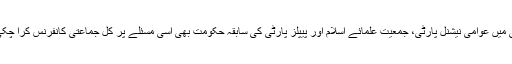
ماضی میں عوامی نیشنل پارٹی، جمعیت علمائے اسلام اور پیپلز پارٹی کی سابقہ حکومت بھی اسی مسئلے پر کل جماعتی کانفرنس کرا چکی ہیں۔